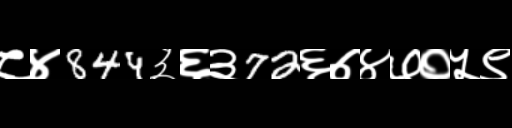
Text: ८४844३६३72६७४७०५९